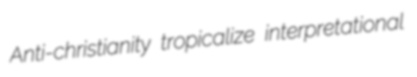
Anti-christianity tropicalize interpretational